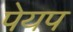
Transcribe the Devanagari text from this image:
पेयप